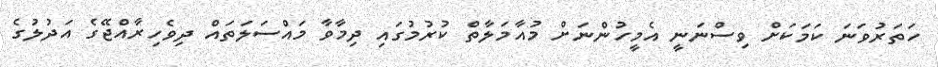
ހަތަރުވަނަ ކަމަކަށް ވިސްނަނީ އެމީހުންނަށް މުއާމަލާތް ކުރުމުގައި ދިމާވާ މައްސަލަތައް ދިވެހިރާއްޖޭގެ އަދުލުގެ